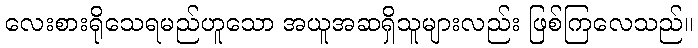
လေးစားရိုသေရမည်ဟူသော အယူအဆရှိသူများလည်း ဖြစ်ကြလေသည်။